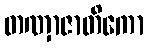
တဏှာဇာတိကော